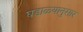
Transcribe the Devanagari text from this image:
घडाळ्यानुसार